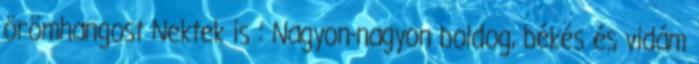
örömhangost Nektek is : Nagyon-nagyon boldog, békés és vidám